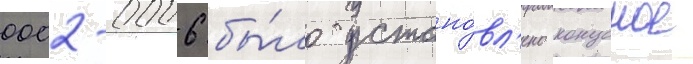
0002-0006 бы́ло устано́вл'ено конусное